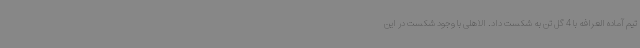
تیم آماده العرافه با 4 گل تن به شکست داد. الاهلی با وجود شکست در این